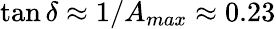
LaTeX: \tan\delta\approx 1/A_{max}\approx 0.23